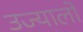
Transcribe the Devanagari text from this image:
उज्यालो